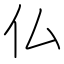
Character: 仏